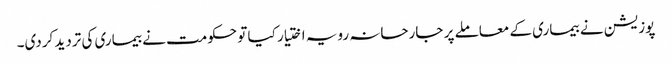
پوزیشن نے بیماری کے معاملے پر جارحانہ رویہ اختیار کیا تو حکومت نے بیماری کی تردید کردی۔